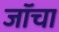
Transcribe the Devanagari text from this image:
जॉचा